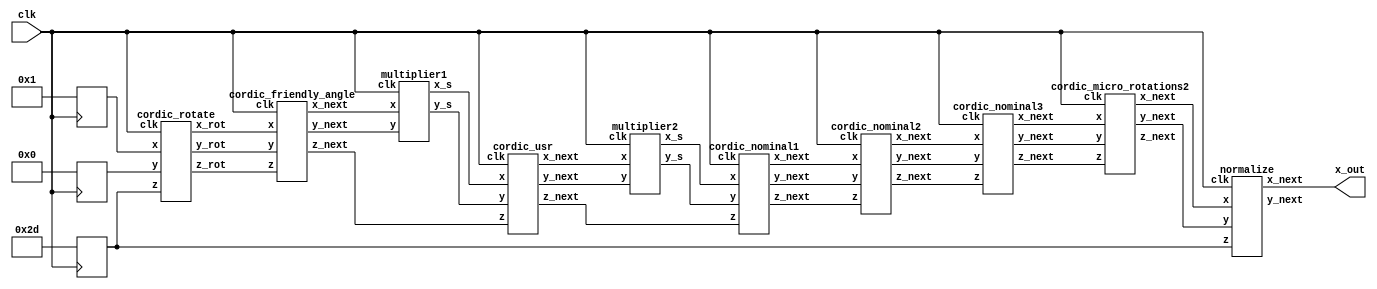
`timescale 1ns / 1ps
//////////////////////////////////////////////////////////////////////////////////
// Company: IIT MADRAS
// 
// Design Name: 
// Module Name: cordic2
// Project Name: 
// Target Devices: 
// Tool Versions: 
// Description: 
// 
// Dependencies: 
// 
// Revision:
// Revision 0.01 - File Created
// Additional Comments:
// 
//////////////////////////////////////////////////////////////////////////////////


module cordic2(x_out,clk);
    
    input clk;
    wire signed [8:0] x_in;
    wire signed [8:0] y_in;
    wire signed [8:0] z_in;
    wire signed [31:0] z_out;
    output signed [31:0] x_out;
    wire signed [31:0] y_out;          
    wire signed [31:0] xc [7:0];
    wire signed [31:0] yc [7:0];
    wire signed [31:0] zc [7:0];

    wire signed [31:0] x_s [1:0];
    wire signed [31:0] y_s [1:0];
    wire signed [31:0] z_s [1:0];
    
    reg signed [8:0] x,y,z;         

    wire signed [31:0] x_sh ,y_sh;

    assign x_in = 8'd1;
    assign y_in = 8'd0;
    assign z_in = 8'd45;
    
    assign z_out = zc[6];
    assign x_out = x_sh;
    assign y_out = y_sh;

    always @(posedge clk)
	   begin
	       x <= x_in;
	       y <= y_in;
	       z <= z_in;
	   end
	
	
    cordic_rotate cordic1(.clk(clk), .x(x), .y(y),.z(z), .x_rot(xc[0]), .y_rot(yc[0]), .z_rot(zc[0]));
    cordic_friendly_angle cordic2(.clk(clk), .x(xc[0]), .y(yc[0]), .z(zc[0]), .x_next(xc[1]), .y_next(yc[1]), .z_next(zc[1]));
    multiplier1 m2(.clk(clk), .x(xc[1]), .y(yc[1]), .x_s(x_s[0]), .y_s(y_s[0]));
    cordic_usr cordic3(.clk(clk), .x(x_s[0]), .y(y_s[0]), .z(zc[1]), .x_next(xc[2]), .y_next(yc[2]), .z_next(zc[2]));
    multiplier2 m3(.clk(clk), .x(xc[2]), .y(yc[2]), .x_s(x_s[1]), .y_s(y_s[1]));
    cordic_nominal1 cordic4(.clk(clk), .x(x_s[1]), .y(y_s[1]), .z(zc[2]), .x_next(xc[3]), .y_next(yc[3]), .z_next(zc[3]));
    cordic_nominal2 cordic5(.clk(clk), .x(xc[3]), .y(yc[3]), .z(zc[3]), .x_next(xc[4]), .y_next(yc[4]), .z_next(zc[4]));
  
//    cordic_micro_rotations1 cordic6(.clk(clk), .x(xc[4]), .y(yc[4]), .z(zc[4]), .x_next(xc[5]), .y_next(yc[5]), .z_next(zc[5]));
    
    cordic_nominal3 cordic6(.clk(clk), .x(xc[4]), .y(yc[4]), .z(zc[4]), .x_next(xc[5]), .y_next(yc[5]), .z_next(zc[5]));
    cordic_micro_rotations2 cordic7(.clk(clk), .x(xc[5]), .y(yc[5]), .z(zc[5]), .x_next(xc[6]), .y_next(yc[6]), .z_next(zc[6]));
    normalize n1(.clk(clk), .x(xc[6]), .y(yc[6]), .z(z), .x_next(x_sh), .y_next(y_sh));
    
endmodule

/* The module to bring the angle in the required range i.e. -45 degrees to +45 degrees */
module cordic_rotate(input clk ,
                     input signed [8:0] x,
                     input signed [8:0] y,
                     input signed [8:0] z,
                     output reg signed [31:0] x_rot,
                     output reg signed [31:0] y_rot,
                     output reg signed [31:0] z_rot);
                     
    always @(posedge clk)
        begin
            if( z < -135 && x || y)
                begin
                    x_rot = -x*10000;
                    y_rot = -y*10000;
                    z_rot = (z*10000) + 1800000;
                end
            else if(z >= -135 && z < -45 && x || y)
                begin
                    x_rot = -y*10000;
                    y_rot = x*10000;
                    z_rot = z*10000 + 900000;  
                end
            else if(z >= -45 && z < 45 && x || y)
                begin
                    x_rot = x*10000;
                    y_rot = y*10000;
                    z_rot = z*10000;                                        
                end
            else if( z >= 45 && z < 135 && x || y)
                begin
                    x_rot = y*10000;
                    y_rot = -x*10000;
                    z_rot = (z*10000) - 900000;                    
                end
            else if(z >= 135 && x || y)
                begin
                    x_rot = -x*10000;
                    y_rot = -y*10000;
                    z_rot = (z*10000) - 1800000;
                end
        end                     
endmodule

/* The module for rotation by friend angles. The angle of rotation is either 0 or 16.2600 or 36.8700 degrees*/
module cordic_friendly_angle(input clk ,
                             input signed [31:0] x,
                             input signed [31:0] y,
                             input signed [31:0] z,
                             output reg signed [31:0] x_next,
                             output reg signed [31:0] y_next,
                             output reg signed [31:0] z_next);
                     
    wire signed [31:0] atan0, atan1, atan2;
    assign atan0 = 32'd0;
	assign atan1 = 32'd162600;
	assign atan2 = 32'd368700;
	
    always @(posedge clk)
        begin
            if( z < -265650)
                begin
                    x_next = 20*x - 15*y;
                    y_next = 20*y + 15*x;
                    z_next = z + atan2;                    
                end
            else if(z >= -265650 && z < -103050)
                begin
                    x_next = 24*x - 7*y;
                    y_next = 24*y + 7*x;
                    z_next = z + atan1;                    
                end
            else if(z >= -103050 && z < 103050)
                begin
                    x_next = 25*x + 0*y;
                    y_next = 25*y - 0*x;                    
                    z_next = z - atan0;
                end
            else if( z >= 103050 && z < 265650)
                begin
                    x_next = 24*x + 7*y;
                    y_next = 24*y - 7*x;
                    z_next = z - atan1;                    
                end
            else if(z >= 265650)
                begin
                    x_next = 20*x + 15*y;
                    y_next = 20*y - 15*x;
                    z_next = z - atan2;
                end
        end
endmodule

/* The module for dividing by 25 since the magnitude of rotation vector is 25 in friend angles */
module multiplier1(input clk,
                  input signed [31:0] x,y, 
                  output reg signed [31:0] x_s,
                  output reg signed [31:0] y_s);

    always @(posedge clk) 
        begin
            x_s = {{5{x[31]}},x[31:5]} + {{6{x[31]}},x[31:6]} - {{8{x[31]}},x[31:8]} - {{9{x[31]}},x[31:9]} - {{10{x[31]}},x[31:10]};
            y_s = {{5{y[31]}},y[31:5]} + {{6{y[31]}},y[31:6]} - {{8{y[31]}},y[31:8]} - {{9{y[31]}},y[31:9]} - {{10{y[31]}},y[31:10]};
        end
endmodule

/* The module for making uniformly scaled redundant(USR) rotations. The angle of rotation is either 0 or 7.1250 degrees*/
module cordic_usr(input clk ,
                             input signed [31:0] x,
                             input signed [31:0] y,
                             input signed [31:0] z,
                             output reg signed [31:0] x_next,
                             output reg signed [31:0] y_next,
                             output reg signed [31:0] z_next);
                     
    wire signed [31:0] atan0, atan1;
    assign atan0 = 32'd0;
	assign atan1 = 32'd71250;
	
    always @(posedge clk)
        begin
            if( z < -35630)
                begin
                    x_next = 128*x - 16*y;
                    y_next = 128*y + 16*x;
                    z_next = z + atan1;                    
                end
            else if(z >= -35630 && z < 35630)
                begin
                    x_next = 129*x + 0*y;
                    y_next = 129*y - 0*x;                    
                    z_next = z - atan0;
                end
            else if( z > 35630)
                begin
                    x_next = 128*x + 16*y;
                    y_next = 128*y - 16*x;
                    z_next = z - atan1;                    
                end
        end
endmodule

/* The module for dividing by 129 since the magnitude of rotation vector is 129 in uniformly scaled redundant(USR) rotations */
module multiplier2(input clk,
                  input signed [31:0] x,y, 
                  output reg signed [31:0] x_s,
                  output reg signed [31:0] y_s);

    always @(posedge clk) 
        begin
            x_s = {{7{x[31]}},x[31:7]} - {{14{x[31]}},x[31:14]};
	    y_s = {{7{y[31]}},y[31:7]} - {{14{y[31]}},y[31:14]};
        end
endmodule

/* The module for conventional cordic rotations. The angle of rotation is 1.7900 degrees*/
module cordic_nominal1(input clk ,
                             input signed [31:0] x,
                             input signed [31:0] y,
                             input signed [31:0] z,
                             output reg signed [31:0] x_next,
                             output reg signed [31:0] y_next,
                             output reg signed [31:0] z_next);
                     
    wire signed [31:0] atan0;
    assign atan0 = 32'd17900;
	
    always @(posedge clk)
        begin
            if( z < 0)
                begin
                    x_next = x - (y >>> 5);
                    y_next = y + (x >>> 5);
                    z_next = z + atan0;                    
                end
            else if(z >= 0)
                begin
                    x_next = x + (y >>> 5);
                    y_next = y - (x >>> 5);
                    z_next = z - atan0;                
                end
        end
endmodule

/* The module for conventional cordic rotations. The angle of rotation is 0.8950 degrees*/
module cordic_nominal2(input clk ,
                             input signed [31:0] x,
                             input signed [31:0] y,
                             input signed [31:0] z,
                             output reg signed [31:0] x_next,
                             output reg signed [31:0] y_next,
                             output reg signed [31:0] z_next);
                     
    wire signed [31:0] atan0;
    assign atan0 = 32'd8950;
	
    always @(posedge clk)
        begin
            if( z < 0)
                begin
                    x_next = x - (y >>> 6);
                    y_next = y + (x >>> 6);
                    z_next = z + atan0;                    
                end
            else if(z >= 0)
                begin
                    x_next = x + (y >>> 6);
                    y_next = y - (x >>> 6);
                    z_next = z - atan0;                
                end
        end
endmodule

/* The module for conventional cordic rotations. The angle of rotation is 0.4480 degrees*/
module cordic_nominal3(input clk ,
                             input signed [31:0] x,
                             input signed [31:0] y,
                             input signed [31:0] z,
                             output reg signed [31:0] x_next,
                             output reg signed [31:0] y_next,
                             output reg signed [31:0] z_next);
                     
    wire signed [31:0] atan0;
    assign atan0 = 32'd4480;
	
    always @(posedge clk)
        begin
            if( z < 0)
                begin
                    x_next = x - (y >>> 7);
                    y_next = y + (x >>> 7);
                    z_next = z + atan0;                    
                end
            else if(z >= 0)
                begin
                    x_next = x + (y >>> 7);
                    y_next = y - (x >>> 7);
                    z_next = z - atan0;                
                end
        end
endmodule

/* The module for cordic micro rotations. The angle of rotation is equal to k multiplied by 0.1120 degrees, where k is a value between -8 and +8 as per the requirement.*/
module cordic_micro_rotations1(input clk ,
                             input signed [31:0] x,
                             input signed [31:0] y,
                             input signed [31:0] z,
                             output reg signed [31:0] x_next,
                             output reg signed [31:0] y_next,
                             output reg signed [31:0] z_next);
                     
    wire signed [31:0] atan0;
    assign atan0 = 32'd1120;
	
    always @(posedge clk)
        begin
            if( z < -8960)
                begin
                    x_next = x - 8*(y >>> 9);
                    y_next = y + 8*(x >>> 9);
                    z_next = z + 8*atan0;                    
                end
            else if(z >= -8960 && z < -7840)
                begin
                    x_next = x - 7*(y >>> 9);
                    y_next = y + 7*(x >>> 9);
                    z_next = z + 7*atan0;                    
                end
            else if(z >= -7840 && z < -6720)
                begin
                    x_next = x - 6*(y >>> 9);
                    y_next = y + 6*(x >>> 9);
                    z_next = z + 6*atan0;                    
                end
            else if(z >= -6720 && z < -5600)
                begin
                    x_next = x - 5*(y >>> 9);
                    y_next = y + 5*(x >>> 9);
                    z_next = z + 5*atan0;                    
                end
            else if(z >= -5600 && z < -4480)
                begin
                    x_next = x - 4*(y >>> 9);
                    y_next = y + 4*(x >>> 9);
                    z_next = z + 4*atan0;                    
                end
            else if(z >= -4480 && z < -3360)
                begin
                    x_next = x - 3*(y >>> 9);
                    y_next = y + 3*(x >>> 9);
                    z_next = z + 3*atan0;                    
                end
            else if(z >= -3360 && z < -2240)
                begin
                    x_next = x - 2*(y >>> 9);
                    y_next = y + 2*(x >>> 9);
                    z_next = z + 2*atan0;                    
                end
            else if(z >= -2240 && z < -1120)
                begin
                    x_next = x - 1*(y >>> 9);
                    y_next = y + 1*(x >>> 9);
                    z_next = z + 1*atan0;                    
                end
            else if(z >= -1120 && z < +1120)
                begin
                    x_next = x - 0*(y >>> 9);
                    y_next = y + 0*(x >>> 9);
                    z_next = z + 0*atan0;                    
                end
            else if(z >= 1120 && z < 2240)
                begin
                    x_next = x + 1*(y >>> 9);
                    y_next = y - 1*(x >>> 9);
                    z_next = z - 1*atan0;                    
                end
            else if(z >= 2240 && z < 3360)
                begin
                    x_next = x + 2*(y >>> 9);
                    y_next = y - 2*(x >>> 9);
                    z_next = z - 2*atan0;                    
                end
            else if(z >= 3360 && z < 4480)
                begin
                    x_next = x + 3*(y >>> 9);
                    y_next = y - 3*(x >>> 9);
                    z_next = z - 3*atan0;                    
                end
            else if(z >= 4480 && z < 5600)
                begin
                    x_next = x + 4*(y >>> 9);
                    y_next = y - 4*(x >>> 9);
                    z_next = z - 4*atan0;                    
                end
            else if(z >= 5600 && z < 6720)
                begin
                    x_next = x + 5*(y >>> 9);
                    y_next = y - 5*(x >>> 9);
                    z_next = z - 5*atan0;                    
                end 
            else if(z >= 6720 && z < 7840)
                begin
                    x_next = x + 6*(y >>> 9);
                    y_next = y - 6*(x >>> 9);
                    z_next = z - 6*atan0;                    
                end
            else if(z >= 7840 && z < 8960)
                begin
                    x_next = x + 7*(y >>> 9);
                    y_next = y - 7*(x >>> 9);
                    z_next = z - 7*atan0;                    
                end
            else if(z >= 8960)
                begin
                    x_next = x + 8*(y >>> 9);
                    y_next = y - 8*(x >>> 9);
                    z_next = z - 8*atan0;                    
                end
        end
endmodule

/* The module for cordic micro rotations. The angle of rotation is equal to k multiplied by 0.0560 degrees, where k is a value between -8 and +8 as per the requirement.*/        
module cordic_micro_rotations2(input clk ,
                             input signed [31:0] x,
                             input signed [31:0] y,
                             input signed [31:0] z,
                             output reg signed [31:0] x_next,
                             output reg signed [31:0] y_next,
                             output reg signed [31:0] z_next);
                     
    wire signed [31:0] atan0;
    assign atan0 = 32'd560;
	
    always @(posedge clk)
        begin
            if( z < -4480)
                begin
                    x_next = x - 8*(y >>> 10);
                    y_next = y + 8*(x >>> 10);
                    z_next = z + 8*atan0;                    
                end
            else if(z >= -4480 && z < -3920)
                begin
                    x_next = x - 7*(y >>> 10);
                    y_next = y + 7*(x >>> 10);
                    z_next = z + 7*atan0;                    
                end
            else if(z >= -3920 && z < -3360)
                begin
                    x_next = x - 6*(y >>> 10);
                    y_next = y + 6*(x >>> 10);
                    z_next = z + 6*atan0;                    
                end
            else if(z >= -3360 && z < -2800)
                begin
                    x_next = x - 5*(y >>> 10);
                    y_next = y + 5*(x >>> 10);
                    z_next = z + 5*atan0;                    
                end
            else if(z >= -2800 && z < -2240)
                begin
                    x_next = x - 4*(y >>> 10);
                    y_next = y + 4*(x >>> 10);
                    z_next = z + 4*atan0;                    
                end
            else if(z >= -2240 && z < -1680)
                begin
                    x_next = x - 3*(y >>> 10);
                    y_next = y + 3*(x >>> 10);
                    z_next = z + 3*atan0;                    
                end
            else if(z >= -1680 && z < -1120)
                begin
                    x_next = x - 2*(y >>> 10);
                    y_next = y + 2*(x >>> 10);
                    z_next = z + 2*atan0;                    
                end
            else if(z >= -1120 && z < -560)
                begin
                    x_next = x - 1*(y >>> 10);
                    y_next = y + 1*(x >>> 10);
                    z_next = z + 1*atan0;                    
                end
            else if(z >= -560 && z < +560)
                begin
                    x_next = x - 0*(y >>> 10);
                    y_next = y + 0*(x >>> 10);
                    z_next = z + 0*atan0;                    
                end
            else if(z >= 560 && z < 1120)
                begin
                    x_next = x + 1*(y >>> 10);
                    y_next = y - 1*(x >>> 10);
                    z_next = z - 1*atan0;                    
                end
            else if(z >= 1120 && z < 1680)
                begin
                    x_next = x + 2*(y >>> 10);
                    y_next = y - 2*(x >>> 10);
                    z_next = z - 2*atan0;                    
                end
            else if(z >= 1680 && z < 2240)
                begin
                    x_next = x + 3*(y >>> 10);
                    y_next = y - 3*(x >>> 10);
                    z_next = z - 3*atan0;                    
                end
            else if(z >= 2240 && z < 2800)
                begin
                    x_next = x + 4*(y >>> 10);
                    y_next = y - 4*(x >>> 10);
                    z_next = z - 4*atan0;                    
                end
            else if(z >= 2800 && z < 3360)
                begin
                    x_next = x + 5*(y >>> 10);
                    y_next = y - 5*(x >>> 10);
                    z_next = z - 5*atan0;                    
                end 
            else if(z >= 3360 && z < 3920)
                begin
                    x_next = x + 6*(y >>> 10);
                    y_next = y - 6*(x >>> 10);
                    z_next = z - 6*atan0;                    
                end
            else if(z >= 3920 && z < 4480)
                begin
                    x_next = x + 7*(y >>> 10);
                    y_next = y - 7*(x >>> 10);
                    z_next = z - 7*atan0;                    
                end
            else if(z >= 4480)
                begin
                    x_next = x + 8*(y >>> 10);
                    y_next = y - 8*(x >>> 10);
                    z_next = z - 8*atan0;                    
                end
        end
endmodule

/* The module is used for normalizing the sign of output values.*/
module normalize(input clk ,
                             input signed [31:0] x,
                             input signed [31:0] y,
                             input signed [8:0] z,
                             output reg signed [31:0] x_next,
                             output reg signed [31:0] y_next);

    always @(posedge clk)
        begin
            if(z > -180 && z <= -90)
                begin
                    x_next = { x > 0 ? -x : x};
                    y_next = { y > 0 ? -y : y};
                end
            else if(z > -90 && z <= 0)
                begin
                    x_next = { x > 0 ? x : -x};
                    y_next = { y > 0 ? -y : y};
                end
            else if(z > 0 && z <= 90)
                begin
                    x_next = { x > 0 ? x : -x};
                    y_next = { y > 0 ? y : -y};
                end
            else if(z > 90 && z <= 180)
                begin
                    x_next = { x > 0 ? -x : x};
                    y_next = { y > 0 ? y : -y};                    
                end
        end                                   
endmodule